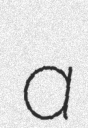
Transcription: a